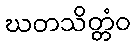
ဃတသိတ္တံဝ